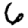
Digit: 6